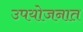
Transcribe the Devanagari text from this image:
उपयोजनात